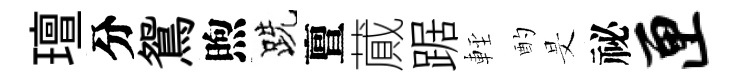
璮分鴛煦跣亶蕆踞䡖酌旻祕匣